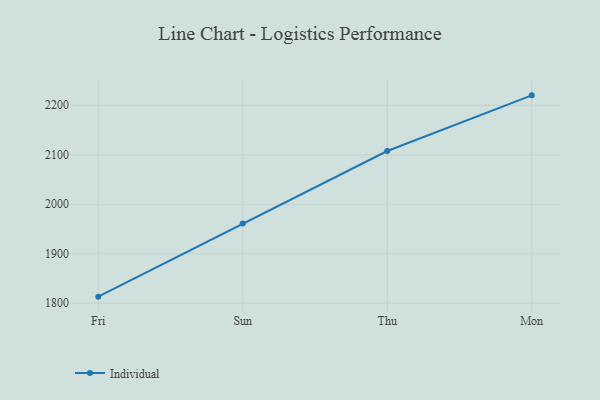
{"axis": {"x": "Day", "y": "Satisfaction Score"}, "legend": ["Individual"], "data": [{"x": "Fri", "y": 1813.2, "type": "Individual"}, {"x": "Sun", "y": 1960.9, "type": "Individual"}, {"x": "Thu", "y": 2107.6, "type": "Individual"}, {"x": "Mon", "y": 2220.1, "type": "Individual"}]}